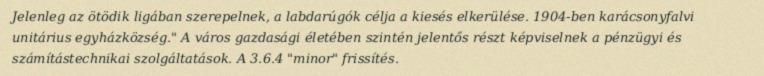
Jelenleg az ötödik ligában szerepelnek, a labdarúgók célja a kiesés elkerülése. 1904-ben karácsonyfalvi unitárius egyházközség." A város gazdasági életében szintén jelentős részt képviselnek a pénzügyi és számítástechnikai szolgáltatások. A 3.6.4 "minor" frissítés.